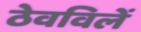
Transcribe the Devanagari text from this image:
ठेवविलें